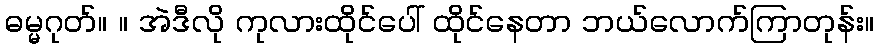
ဓမ္မဂုတ်။ ။ အဲဒီလို ကုလားထိုင်ပေါ် ထိုင်နေတာ ဘယ်လောက်ကြာတုန်း။